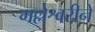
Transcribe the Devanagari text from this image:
मल्लेश्वरीने